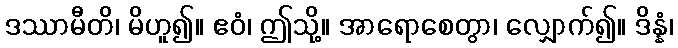
ဒဿာမီတိ၊ မိဟူ၍။ ဧဝံ၊ ဤသို့။ အာရောစေတွာ၊ လျှောက်၍။ ဒိန္နံ၊